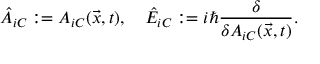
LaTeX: { \hat { A } } _ { i C } : = A _ { i C } ( { \vec { x } } , t ) , \quad { \hat { E } } _ { i C } : = i { \hbar } { \frac { \delta } { \delta A _ { i C } ( { \vec { x } } , t ) } } .